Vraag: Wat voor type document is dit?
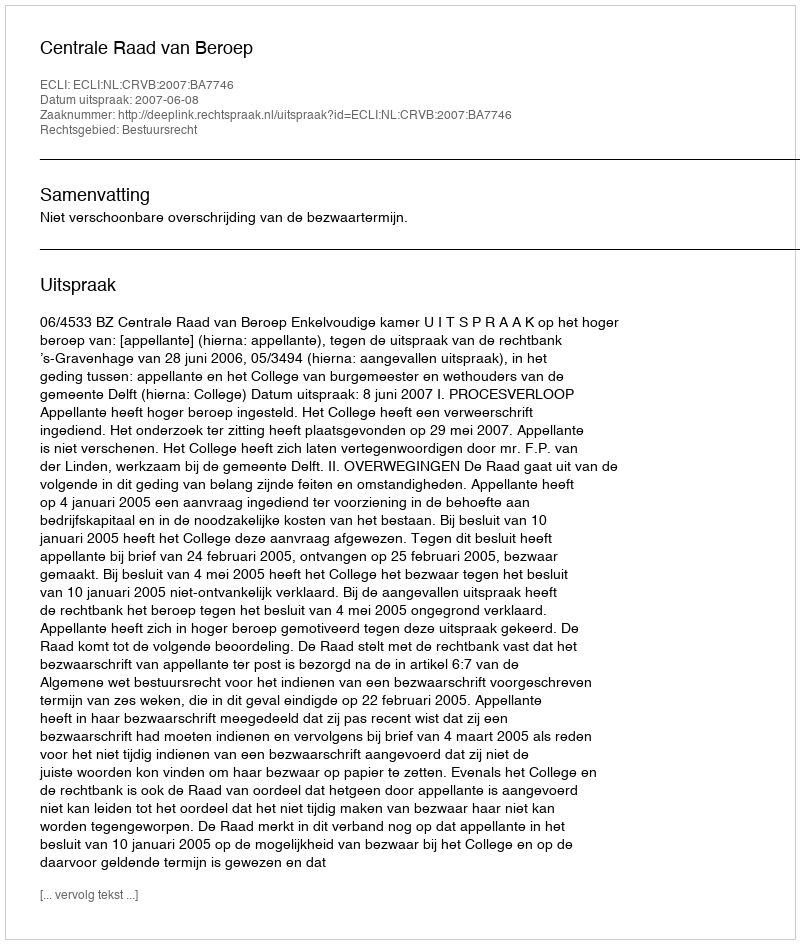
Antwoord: Uitspraak